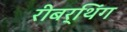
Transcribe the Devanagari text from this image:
रीबर्थिंग